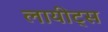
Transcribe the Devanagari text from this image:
लायीट्स